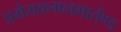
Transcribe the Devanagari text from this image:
प्रमेयकमलमार्तण्ड